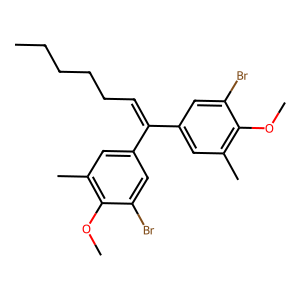
SMILES: CCCCCC=C(c1cc(C)c(OC)c(Br)c1)c1cc(C)c(OC)c(Br)c1
Inhibits HIV replication: No